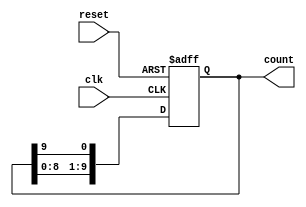
module decade_ring_counter (
    input wire clk,          // Clock input
    input wire reset,        // Asynchronous reset input
    output reg [9:0] count   // 10-bit output representing the counter state
);

// Initial state
initial begin
    count = 10'b0000000001; // Start with the first state
end

// Sequential logic for the decade ring counter
always @(posedge clk or posedge reset) begin
    if (reset) begin
        count <= 10'b0000000001; // Reset to the initial state
    end else begin
        // Shift the '1' to the left, wrapping around after the last flip-flop
        count <= {count[8:0], count[9]};
    end
end

endmodule